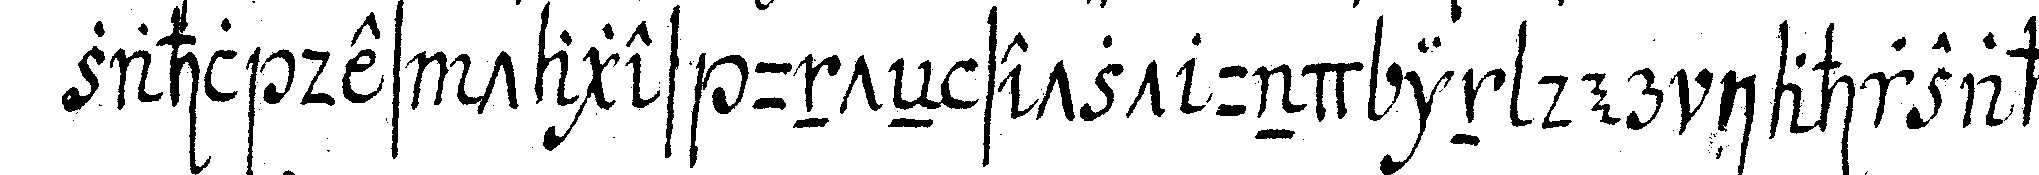
zahl des tages unteN setzt und in der iahrzahl